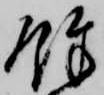
余